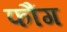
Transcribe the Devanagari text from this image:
फौंग